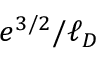
e ^ { 3 / 2 } / \ell _ { D }